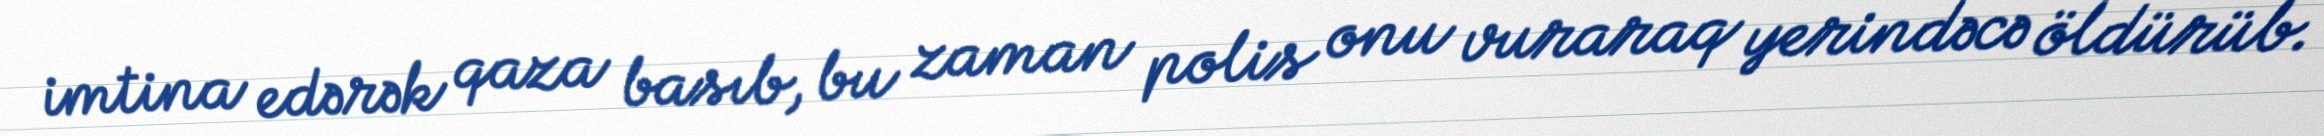
imtina edərək qaza basıb, bu zaman polis onu vuraraq yerindəcə öldürüb.